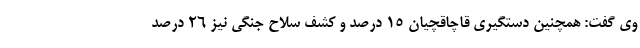
وی گفت: همچنین دستگیری قاچاقچیان ۱۵ درصد و کشف سلاح جنگی نیز ۲۶ درصد